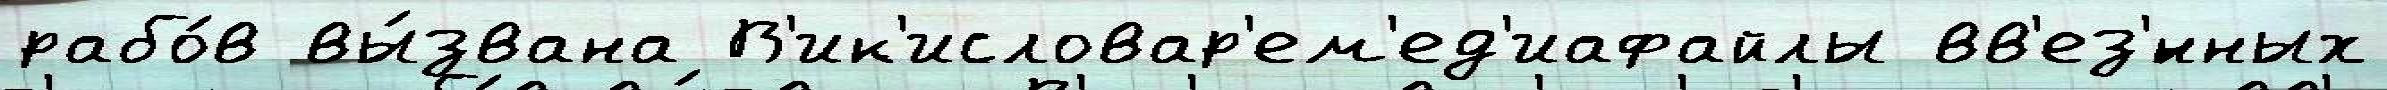
рабо́в вы́звана В'ик'исловар'ем'ед'иафайлы вв'ез'́нных